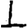
Digit: 1